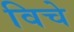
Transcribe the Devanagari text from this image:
विचे